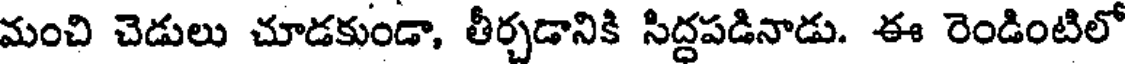
మంచి చెడులు చూడకుండా, తీర్చడానికి సిద్దపడినాడు. ఈ రెండింటిలో